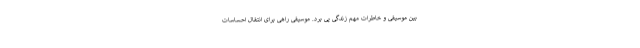
بین موسیقی و خاطرات مهم زندگی پی برد. موسیقی راهی برای انتقال احساسات